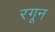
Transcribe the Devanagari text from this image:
रगून